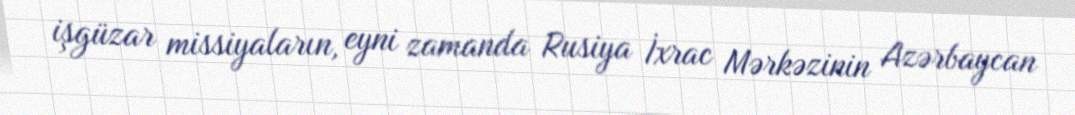
işgüzar missiyaların, eyni zamanda Rusiya İxrac Mərkəzinin Azərbaycan